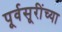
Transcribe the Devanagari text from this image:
पूर्वसूरींच्या